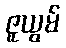
ဇူယွမ်